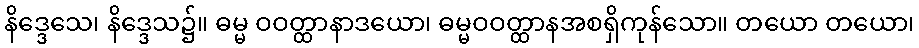
နိဒ္ဒေသေ၊ နိဒ္ဒေသ၌။ ဓမ္မ ဝဝတ္ထာနာဒယော၊ ဓမ္မဝဝတ္ထာနအစရှိကုန်သော။ တယော တယော၊